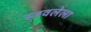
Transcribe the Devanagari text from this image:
स्त्रवलेला